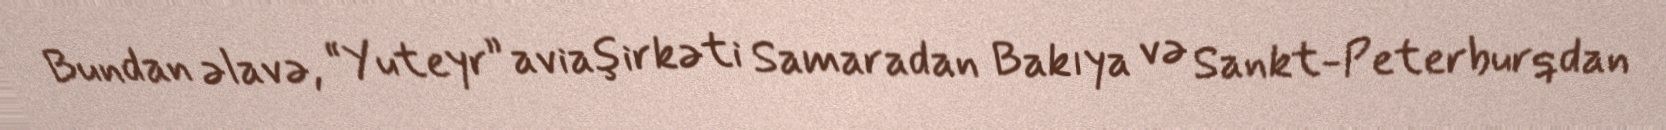
Bundan əlavə, “Yuteyr” aviaşirkəti Samaradan Bakıya və Sankt-Peterburqdan